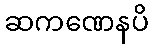
ဆကဏေနပိ